Vaccination in Bombay 1902-1912 - 1902-1912
Year: 1902
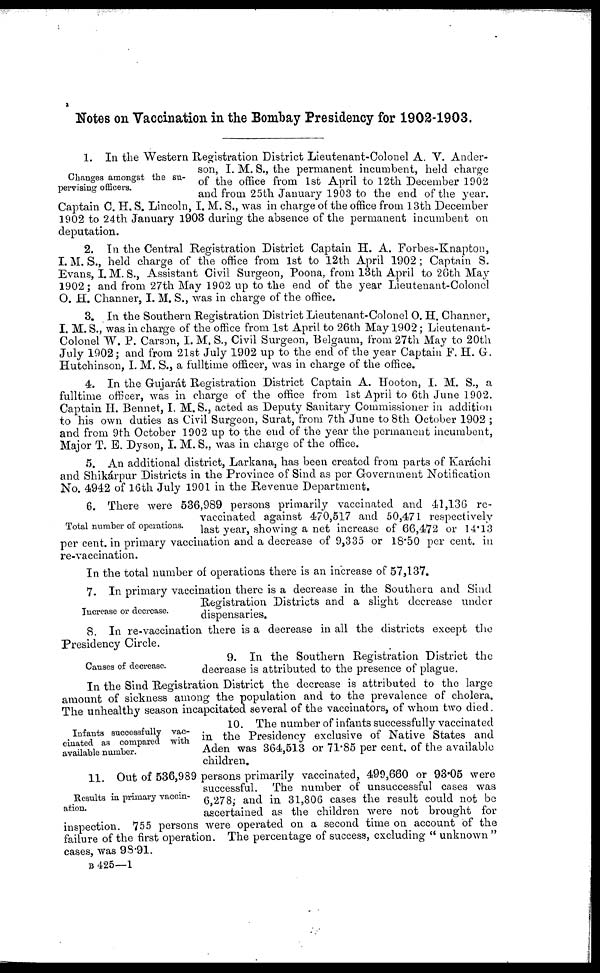
Notes on Vaccination in the Bombay Presidency for 1902-1903.
Changes amongst the su-
pervising officers.
1. In the Western Registration District Lieutenant-Colonel A. V. Ander-
son, I. M. S., the permanent incumbent, held charge
of the office from 1st April to 12th December 1902
and from 25th January 1903 to the end of the year.
Captain C. H. S. Lincoln, I. M. S., was in charge of the office from 13th December
1902 to 24th January 1903 during the absence of the permanent incumbent on
deputation.
2. In the Central Registration District Captain H. A. Forbes-Knapton,
I. M. S., held charge of the office from 1st to 12th April 1902 ; Captain S.
Evans, I. M. S., Assistant Civil Surgeon, Poona, from 13th April to 26th May
1902; and from 27th May 1902 up to the end of the year Lieutenant-Colonel
O. H. Channy, I. M. S., was in charge of the office.
3. In the Southern Registration District Lieutenant-Colonel O. H. Channer,
I. M. S., was in charge of the office from 1st April to 26th May 1902 ; Lieutenant-
Colonel W. J . Carson, I. M. S., Civil Surgeon, Belgaum, from 27th May to 20th
July 1902; and from 21st July 1902 up to the end of the year Captain F. H. G.
Hutchinson, I. M. S., a fulltime officer, was in charge of the office.
4. In the Gujarát Registration District Captain A. Hooton, I. M. S., a
fulltime officer, was in charge of the office from 1st April to 6th June 1902.
Captain II. Bennet, I. M. S., acted as Deputy Sanitary Commissioner in addition
to his own duties as Civil Surgeon, Surat, from 7th June to 8th October 1902 ;
and from 9th October 1902 up to the end of the year the permanent incumbent,
Major T. E. Dyson, I. M. S., was in charge of the office.
5. An additional district, Larkana, has been created from parts of Karáchi
and Shikárpur Districts in the Province of Sind as per Government Notification
No. 4942 of 16th July 1901 in the Revenue Department.
Total number of operations.
6. There were 536,989 persons primarily vaccinated and 41,136 re-
vaccinated against 470,517 and 50,471 respectively
last year, showing a net increase of 66,472 or 14.13
per cent. in primary vaccination and a decrease of 9,335 or 18.50 per cent. in
re-vaccination.
In the total number of operations there is an increase of 57,137.
Increase or decrease.
7. In primary vaccination there is a decrease in the Southern and Sind
Registration Districts and a slight decrease under
dispensaries.
8. In re-vaccination there is a decrease in all the districts except the
Presidency Circle.
Causes of decrease.
9. In the Southern Registration District the
decrease is attributed to the presence of plague.
In the Sind Registration District the decrease is attributed to the large
amount of sickness among the population and to the prevalence of cholera.
The unhealthy season incapcitated several of the vaccinators, of whom two died.
Infants successfully vac-
cinated as compared with
available number.
10. The number of infants successfully vaccinated
in the Presidency exclusive of Native States and
Aden was 364,513 or 71.85 per cent. of the available
children.
Results in primary vaccin-
ation.
11. Out of 536,989 persons primarily vaccinated, 499,660 or 93.05 were
successful. The number of unsuccessful cases was
6,278; and in 31,806 cases the result could not be
ascertained as the children were not brought for
inspection. 755 persons were operated on a second time on account of the
failure of the first operation. The percentage of success, excluding "unknown"
cases, was 98.91.
B 425—1